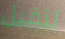
لتقبل